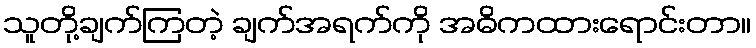
သူတို့ချက်ကြတဲ့ ချက်အရက်ကို အဓိကထားရောင်းတာ။